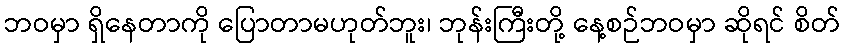
ဘဝမှာ ရှိနေတာကို ပြောတာမဟုတ်ဘူး၊ ဘုန်းကြီးတို့ နေ့စဉ်ဘဝမှာ ဆိုရင် စိတ်